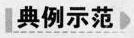
典例示范